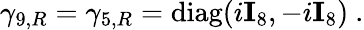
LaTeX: \gamma_{9,R}=\gamma_{5,R}={\mathrm{diag}}(i{\mathbf I}_{8},-i{\mathbf I}_{8})~.